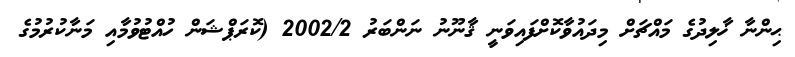
ޙިންނާ ޚާލިދުގެ މައްޗަށް މިދައުވާކޮށްފައިވަނީ ޤާނޫނު ނަންބަރު 2002/2 (ކޮރަޕްޝަން ހުއްޓުވުމާއި މަނާކުރުމުގެ